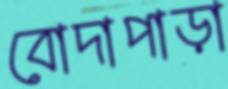
বোদাপাড়া